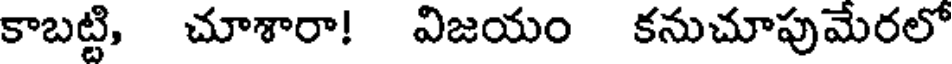
కాబట్టి, చూశారా! విజయం కనుచూపుమేరలో